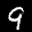
Digit: 9